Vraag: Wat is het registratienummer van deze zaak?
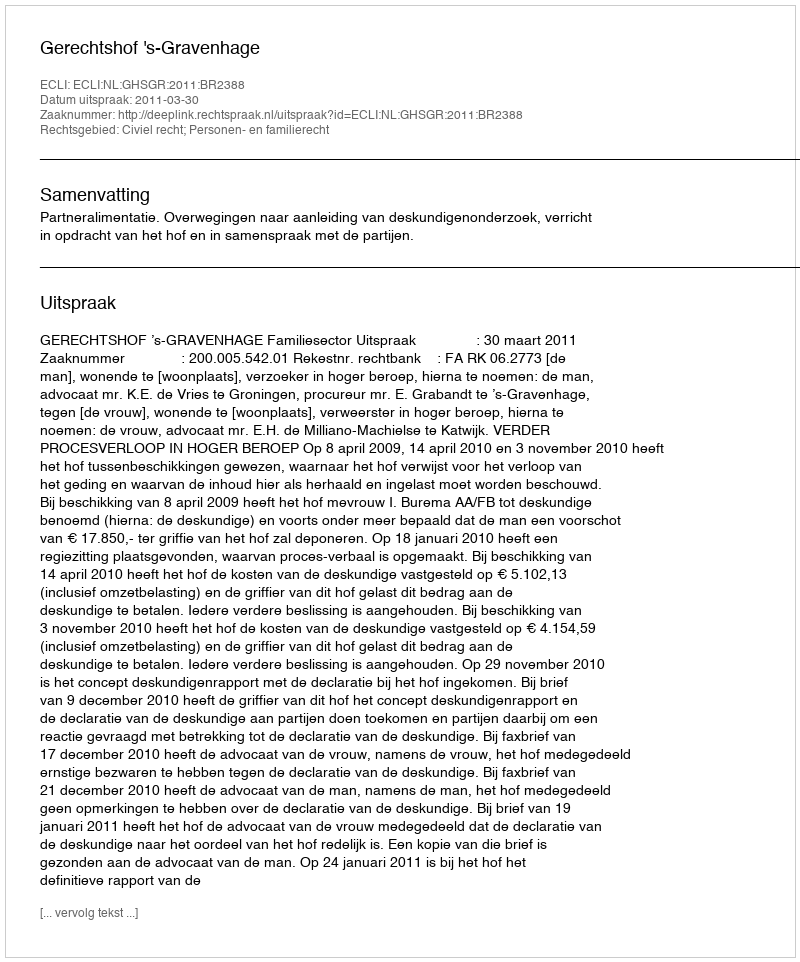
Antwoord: http://deeplink.rechtspraak.nl/uitspraak?id=ECLI:NL:GHSGR:2011:BR2388